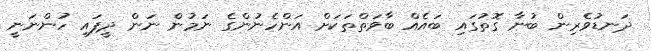
ދަނޑުވެރިން ބުނާ ގޮތުގައި ބައެއް ބާވަތްތަކަށް އަންހެނުންގެ ނަމުން ނަން ދީފައި ހުންނަނީ